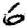
Digit: 6